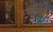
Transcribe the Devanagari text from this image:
टफमैन